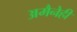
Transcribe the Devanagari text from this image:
अमैनेही